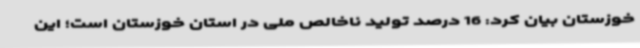
خوزستان بیان کرد: 16 درصد تولید ناخالص ملی در استان خوزستان است؛ این